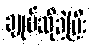
ချုပ်ဆိုခဲ့ပြီး